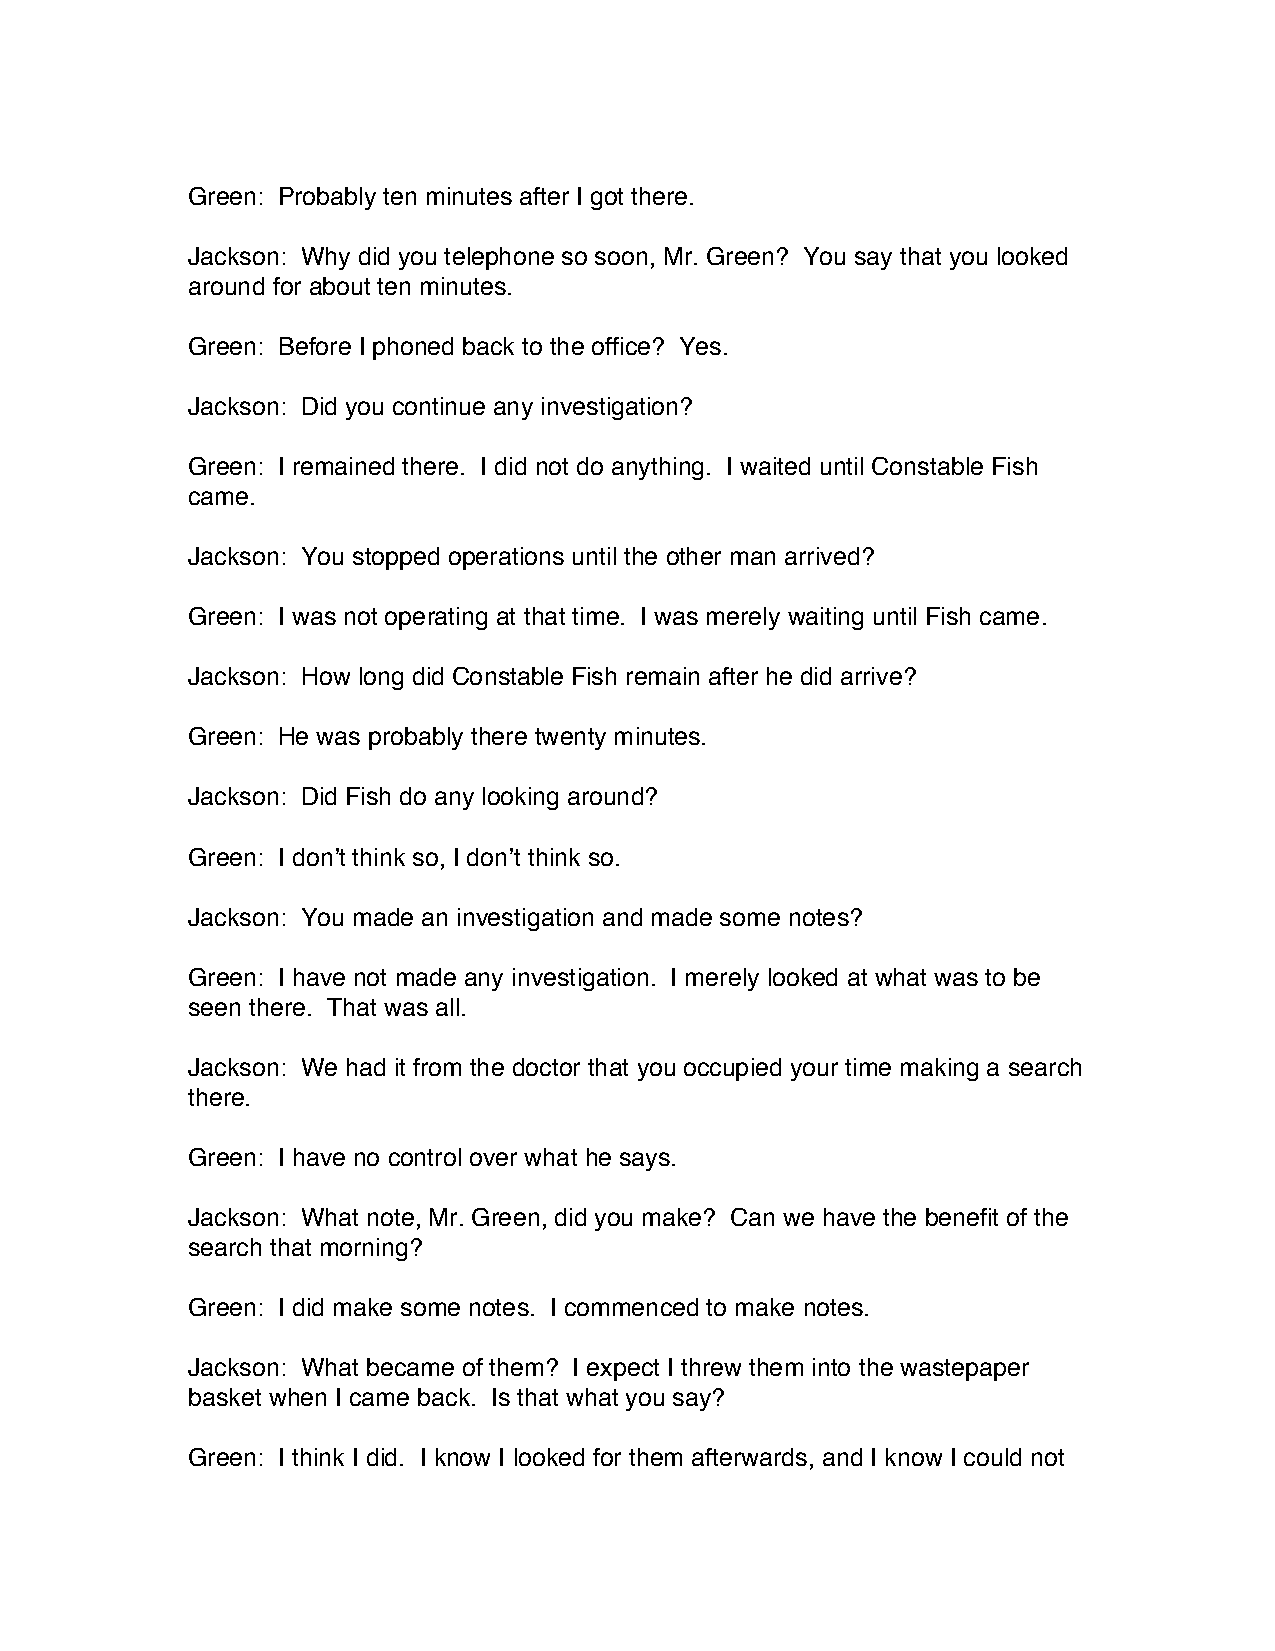
Green: Probably ten minutes after I got there.
 Jackson: Why did you telephone so soon, Mr. Green? You say that you looked
 around for about ten minutes.
 Green: Before I phoned back to the office? Yes.
 Jackson: Did you continue any investigation?
 Green: I remained there. I did not do anything. I waited until Constable Fish
 came.
 Jackson: You stopped operations until the other man arrived?
 Green: I was not operating at that time. I was merely waiting until Fish came.
 Jackson: How long did Constable Fish remain after he did arrive?
 Green: He was probably there twenty minutes.
 Jackson: Did Fish do any looking around?
 Green: I don’t think so, I don’t think so.
 Jackson: You made an investigation and made some notes?
 Green: I have not made any investigation. I merely looked at what was to be
 seen there. That was all.
 Jackson: We had it from the doctor that you occupied your time making a search
 there.
 Green: I have no control over what he says.
 Jackson: What note, Mr. Green, did you make? Can we have the benefit of the
 search that morning?
 Green: I did make some notes. I commenced to make notes.
 Jackson: What became of them? I expect I threw them into the wastepaper
 basket when I came back. Is that what you say?
 Green: I think I did. I know I looked for them afterwards, and I know I could not